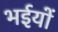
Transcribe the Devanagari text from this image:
भईयों